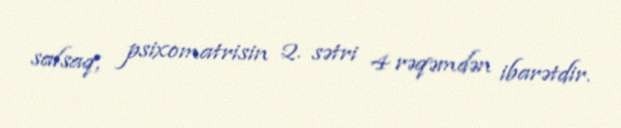
salsaq, psixomatrisin 2. sətri 4 rəqəmdən ibarətdir.